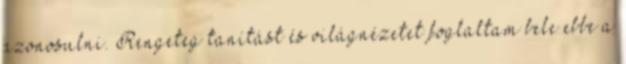
azonosulni. Rengeteg tanítást és világnézetet foglaltam bele ebbe a